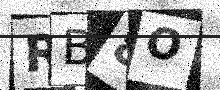
Text: RB8O